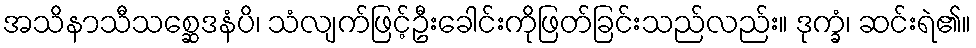
အသိနာသီသစ္ဆေဒနံပိ၊ သံလျက်ဖြင့်ဦးခေါင်းကိုဖြတ်ခြင်းသည်လည်း။ ဒုက္ခံ၊ ဆင်းရဲ၏။